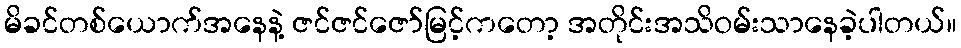
မိခင်တစ်ယောက်အနေနဲ့ ဇင်ဇင်ဇော်မြင့်ကတော့ အတိုင်းအသိဝမ်းသာနေခဲ့ပါတယ်။